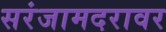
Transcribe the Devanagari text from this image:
सरंजामदरावर